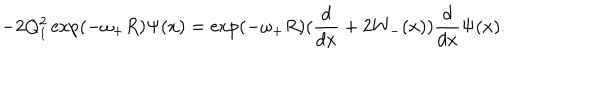
- 2 Q _ { 1 } ^ { 2 } \exp ( - \omega _ { + } R ) \Psi ( x ) = \exp ( - \omega _ { + } R ) ( \frac { d } { d x } + 2 W _ { - } ( x ) ) \frac { d } { d x } \Psi ( x ) .